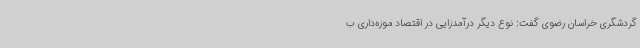
گردشگری خراسان رضوی گفت: نوع دیگر درآمدزایی در اقتصاد موزه‌داری ب